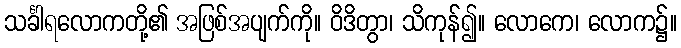
သင်္ခါရလောကတို့၏ အဖြစ်အပျက်ကို။ ဝိဒိတွာ၊ သိကုန်၍။ လောကေ၊ လောက၌။